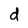
Character: d